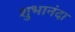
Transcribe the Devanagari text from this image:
शुभानंदा